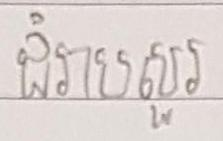
ជំរាបសួរ